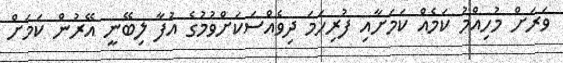
ވަރަށް މުހިއްމު ކަމެއް ކަމަށާއި ފުރިހަމަ ދިވެއްސަކަށްވުމުގެ އުފާ ލިބޭނީ އޭރުން ކަމަށް